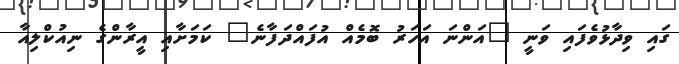
ގައި ވިދާޅުވެފައި ވަނީ "އަންނަ އަހަރު ބޮމެއް އުފައްދަފާނެ" ކަމަށާއި އީރާންގެ ނިއުކްލިއާ